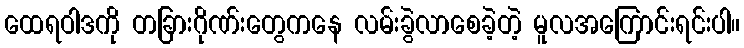
ထေရဝါဒကို တခြားဂိုဏ်းတွေကနေ လမ်းခွဲလာစေခဲ့တဲ့ မူလအကြောင်းရင်းပါ။